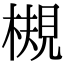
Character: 槻